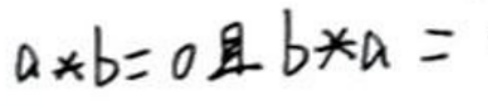
$a\times b = 0$且$b\times a =$